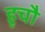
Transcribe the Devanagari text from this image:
हूचौ